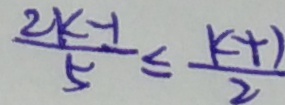
\frac { 2 k - 1 } { 5 } \leq \frac { k + 1 } { 2 }